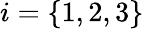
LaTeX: i=\{ 1,2,3\}